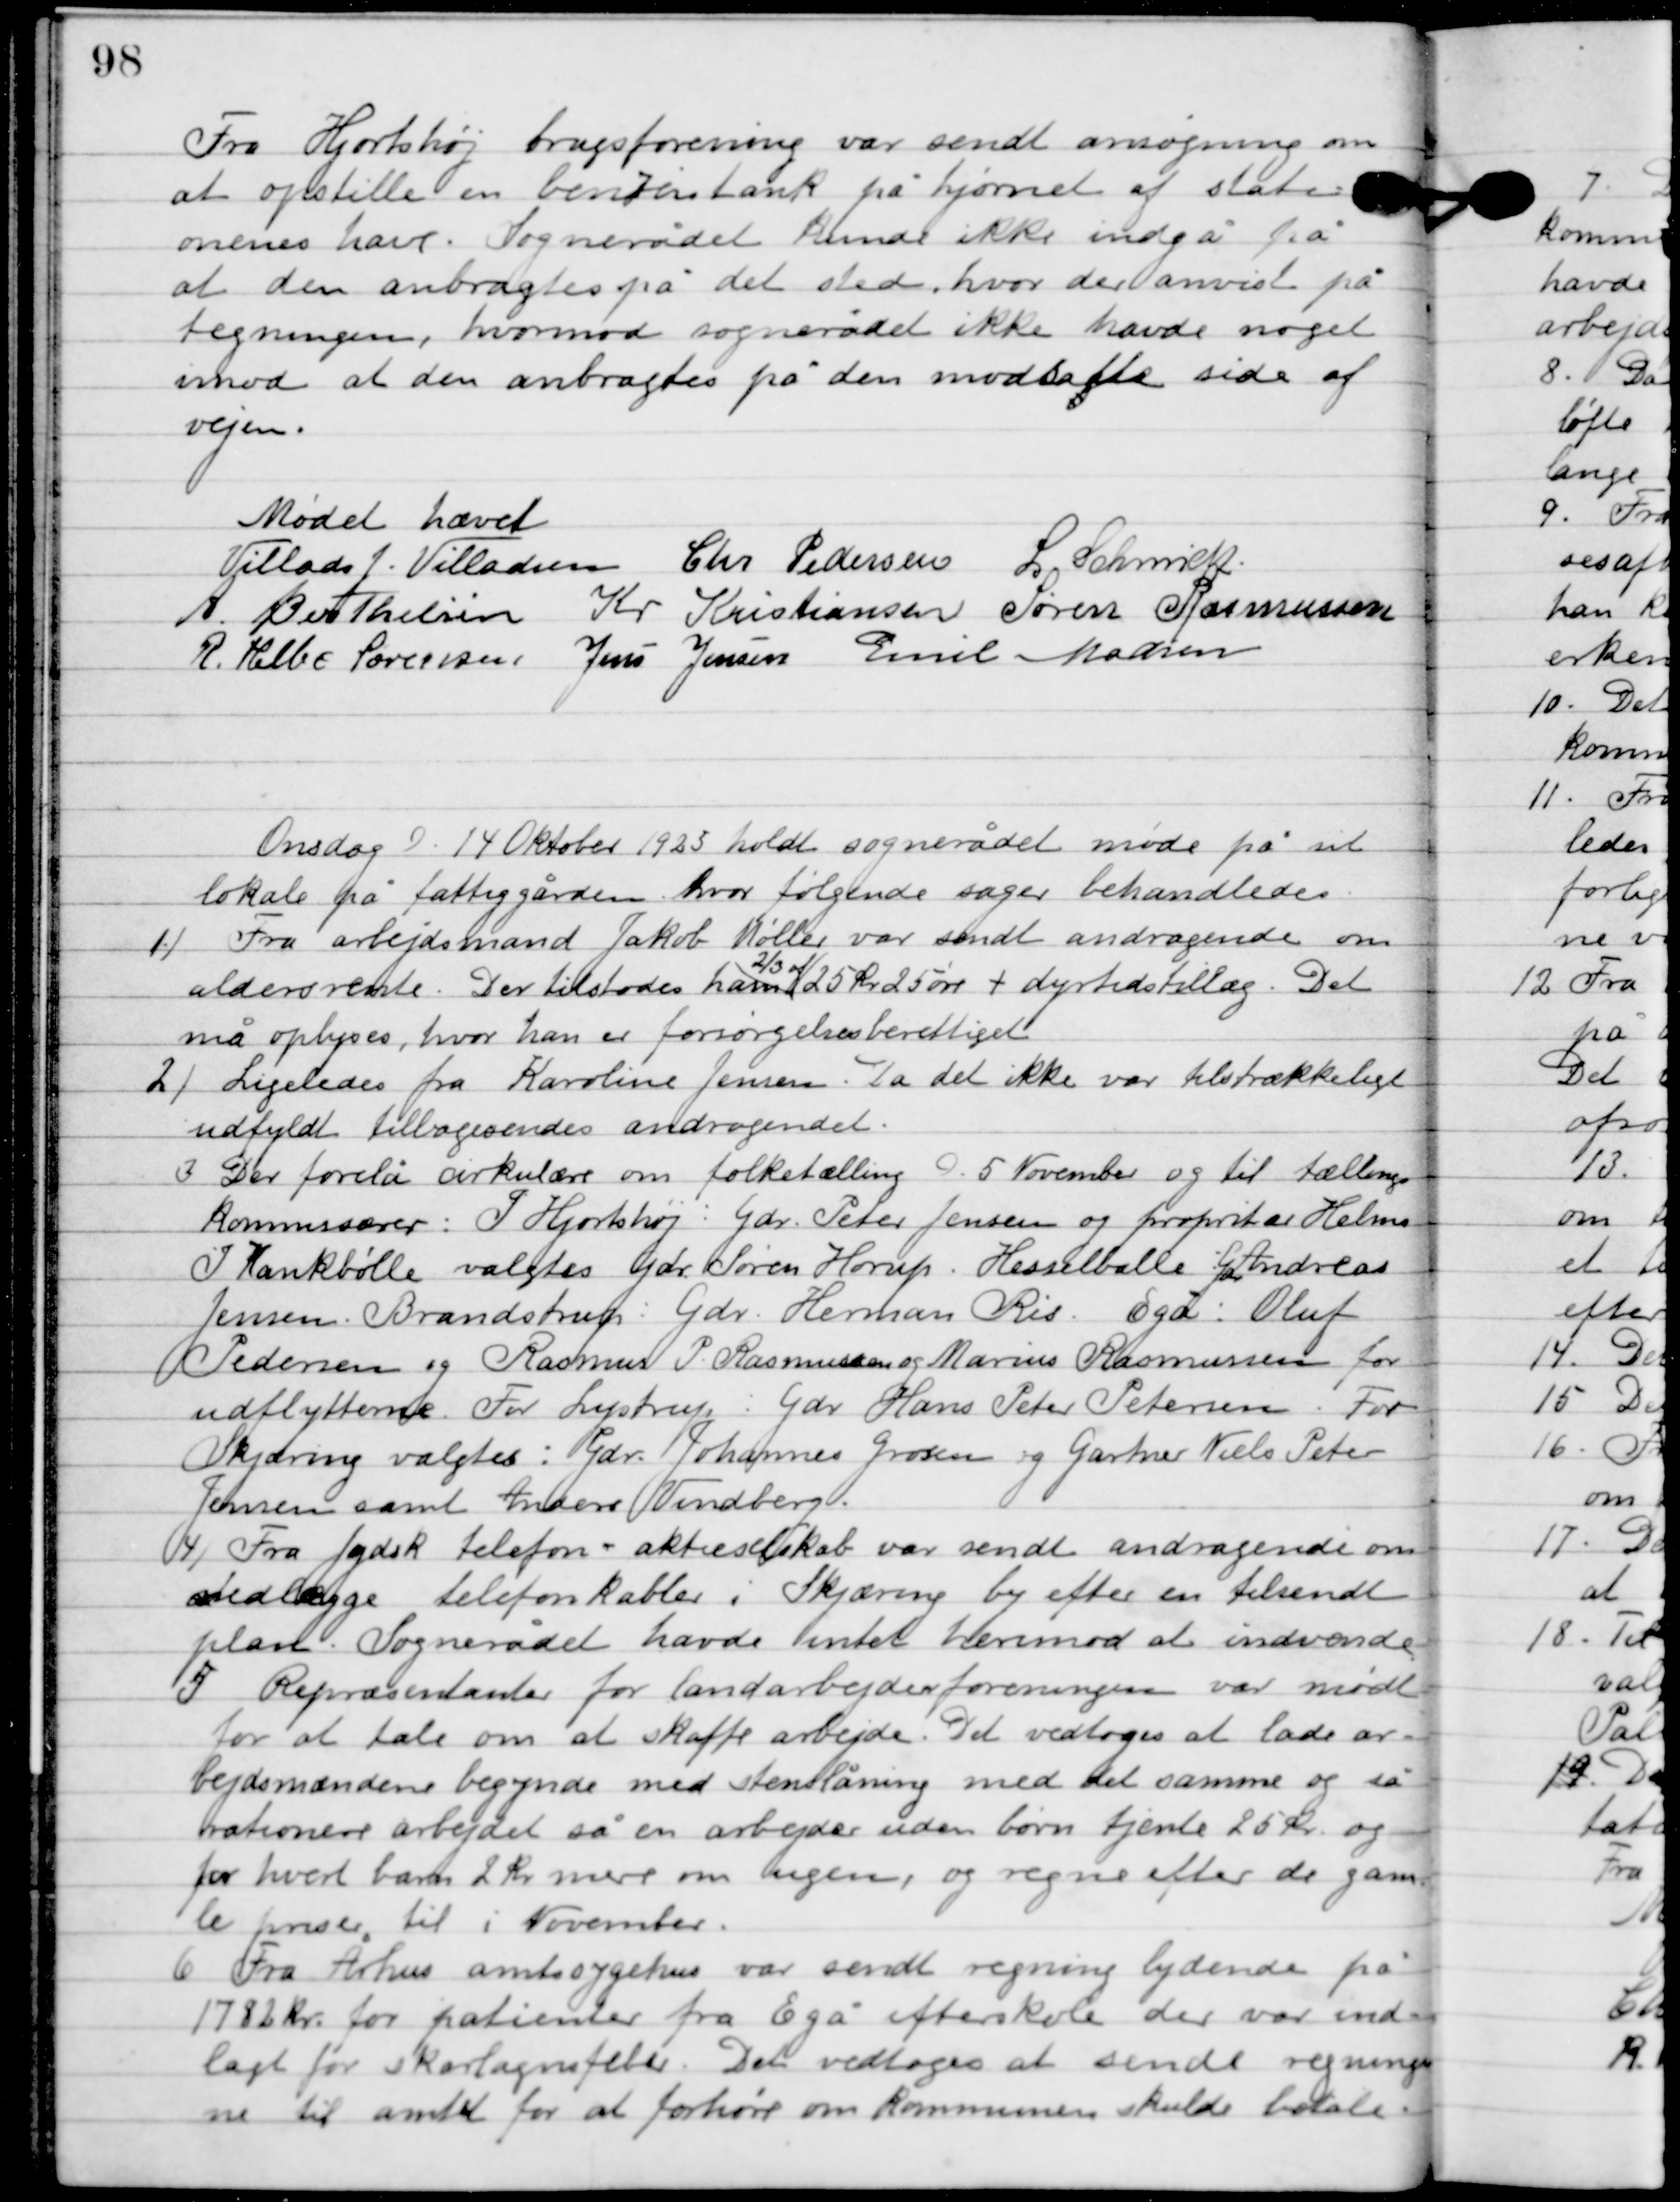
Transskription:
Fra Hjortshøj brusforening var sendt ansøgning om
at opstille en benzintank på hjørnet at stati-
onens have. Sognerådet kunde ikke indgå på
at den anbragtes på det sted, hvor der anvist på
tegningen, hvorimod sognerådet ikke havde noget
imod at den anbragtes på den modsatte side af
vejen.

Mødet hæve

Villads J. Villadsen
Chr. Pedersen
I. Schmidt
A. Berthelsen
Kr. Kristiansen
Søren Rasmussen
R. Helbo Sørensen
Jens Jensen
Emil Madsen

Onsdag D. 14. Oktober 1925 holdt sognerådet møde på sit
lokale på fattiggården, hvor følgende sager behandledes.

1

Fra arbejdsmand Jakob Møller var sendt andragende om
aldersrente. Der tilstodes ham
2/3 af
25 kr. 25 øre + dyrtidstillæg. Det
må oplyses, hvor han er forøgelses berettiget.

2

Ligeledes fra Kerstine Jensen. Da det ikke var tilstrækkeligt
udfyldt, tilbagesendes andragendet.

3

Der forelå cirkulære om folketælling D. 5 November og til tællings-
kommisærer: P. Hjortshøj: gdr. Peter Jensen og proprietær Helms.
I Kankbølle valgtes gdr. Søren Horup, Hesselballe, gdr. Andreas
Jensen, Brandstrup: gdr. Søren Herman Ris. Egå: Oluf
Pedersen og Rasmus P. Rasmussen og Marius Rasmussen for
udflytterne. For Lystrup: gdr. Hans Peter Petersen. For
Skjæring valgtes: gdr. Johannes Grosen og gartner Niels Peter
Jensen samt Anders Vindberg.

4

Fra jydsk telefon-aktieselskab var sendt andragende om
stedlægge til telefonkabler i Skjæring by efter en tilsendt
plan. Sognerådet havde intet herimod at indvende.

5

Repræsentanter for landarbejderforeningen var mødt
for at tale om at skaffe arbejde. Det vedtoges at lade ar-
bejdsmændene begynde med stenslåning med det samme og så
 rationere arbejdet så en arbejder uden børn tjente 25 kr. og
for hvert barn 2 kr. mere om ugen, og regne efter de gam-
le priser til i November.

6

Fra Århus amtssygehus var sendt regning lydende på
1782 kr. for patienter fra Egå efterskole der var ind-
lagt for skarlagensfeber. Det vedtoges at sende regning-
en til amtet for at forhøre om kommunen skulde betale.